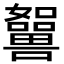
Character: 𡄲